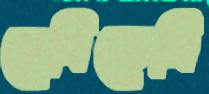
রেসিডেন্সি